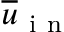
\overline { { u } } _ { \mathrm { ~ i ~ n ~ } }